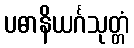
ပဓာနိယင်္ဂသုတ္တံ